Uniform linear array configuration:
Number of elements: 48
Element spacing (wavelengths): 0.75
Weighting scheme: kaiser
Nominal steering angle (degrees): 45
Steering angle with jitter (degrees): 46.22
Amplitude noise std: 0.05
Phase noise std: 0.05

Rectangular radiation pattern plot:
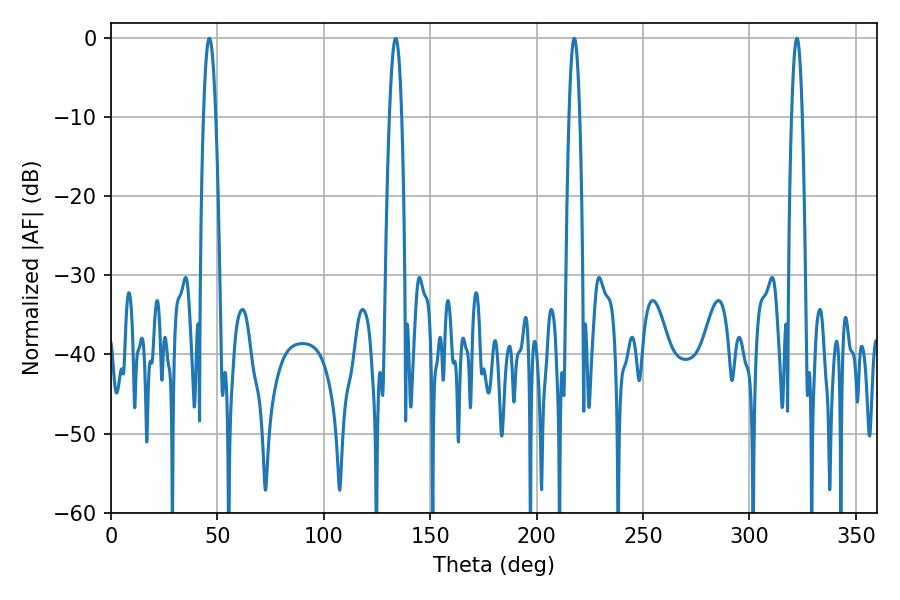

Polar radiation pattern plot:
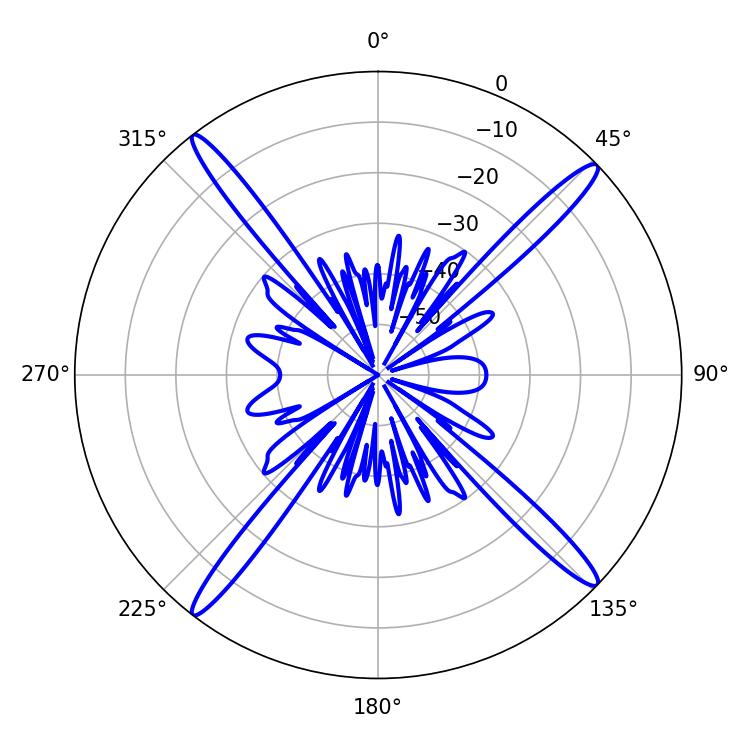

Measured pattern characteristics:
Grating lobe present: TRUE
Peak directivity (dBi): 19.465
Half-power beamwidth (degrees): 3.24
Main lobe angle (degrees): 46.26